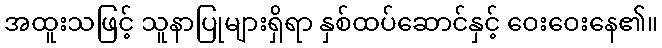
အထူးသဖြင့် သူနာပြုများရှိရာ နှစ်ထပ်ဆောင်နှင့် ဝေးဝေးနေ၏။